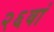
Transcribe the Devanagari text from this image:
२६वां